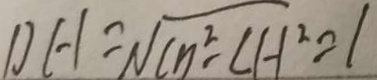
D H = \sqrt { C n ^ { 2 } - C H ^ { 2 } } = 1